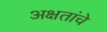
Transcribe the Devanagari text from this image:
अक्षतांचे